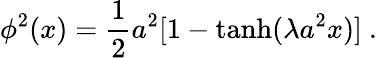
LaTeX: \phi^{2}(x)=\frac{1}{2}a^{2}[1-\operatorname{tanh}(\lambda a^{2}x)]~.